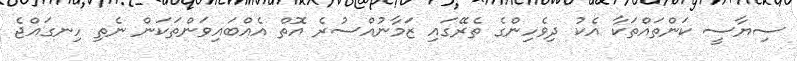
ސިޔާސީ ކަންތައްތަކާ އެކު ދިވެހިންގެ ތެރޭގައި ޒަމާނުއްސުރެ އޮތް އެއްބައިވަންތަކަން ނެތި ހިނގައްޖެ